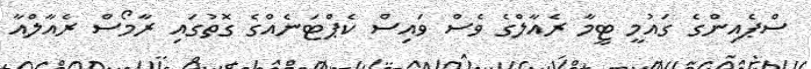
ސްޕެއިންގެ ގައުމީ ޓީމާ ރެއާލްގެ ވެސް ވައިސް ކެޕްޓަނެއްގެ ގޮތުގައި ރާމޯސް ރެއާލްއާ